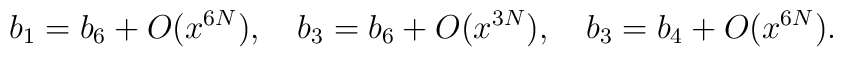
b_1=b_6+O(x^{6N}), \quad b_3=b_6+O(x^{3N}), \quad b_3=b_4+O(x^{6N}).